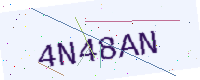
Text: 4N48AN